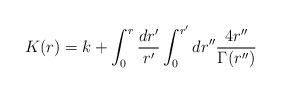
LaTeX: \begin{align*} K(r) = k + \int_0^{r} \frac{dr'}{r'} \int_0^{r'} dr'' \frac{4 r''}{\Gamma(r'')}\end{align*}